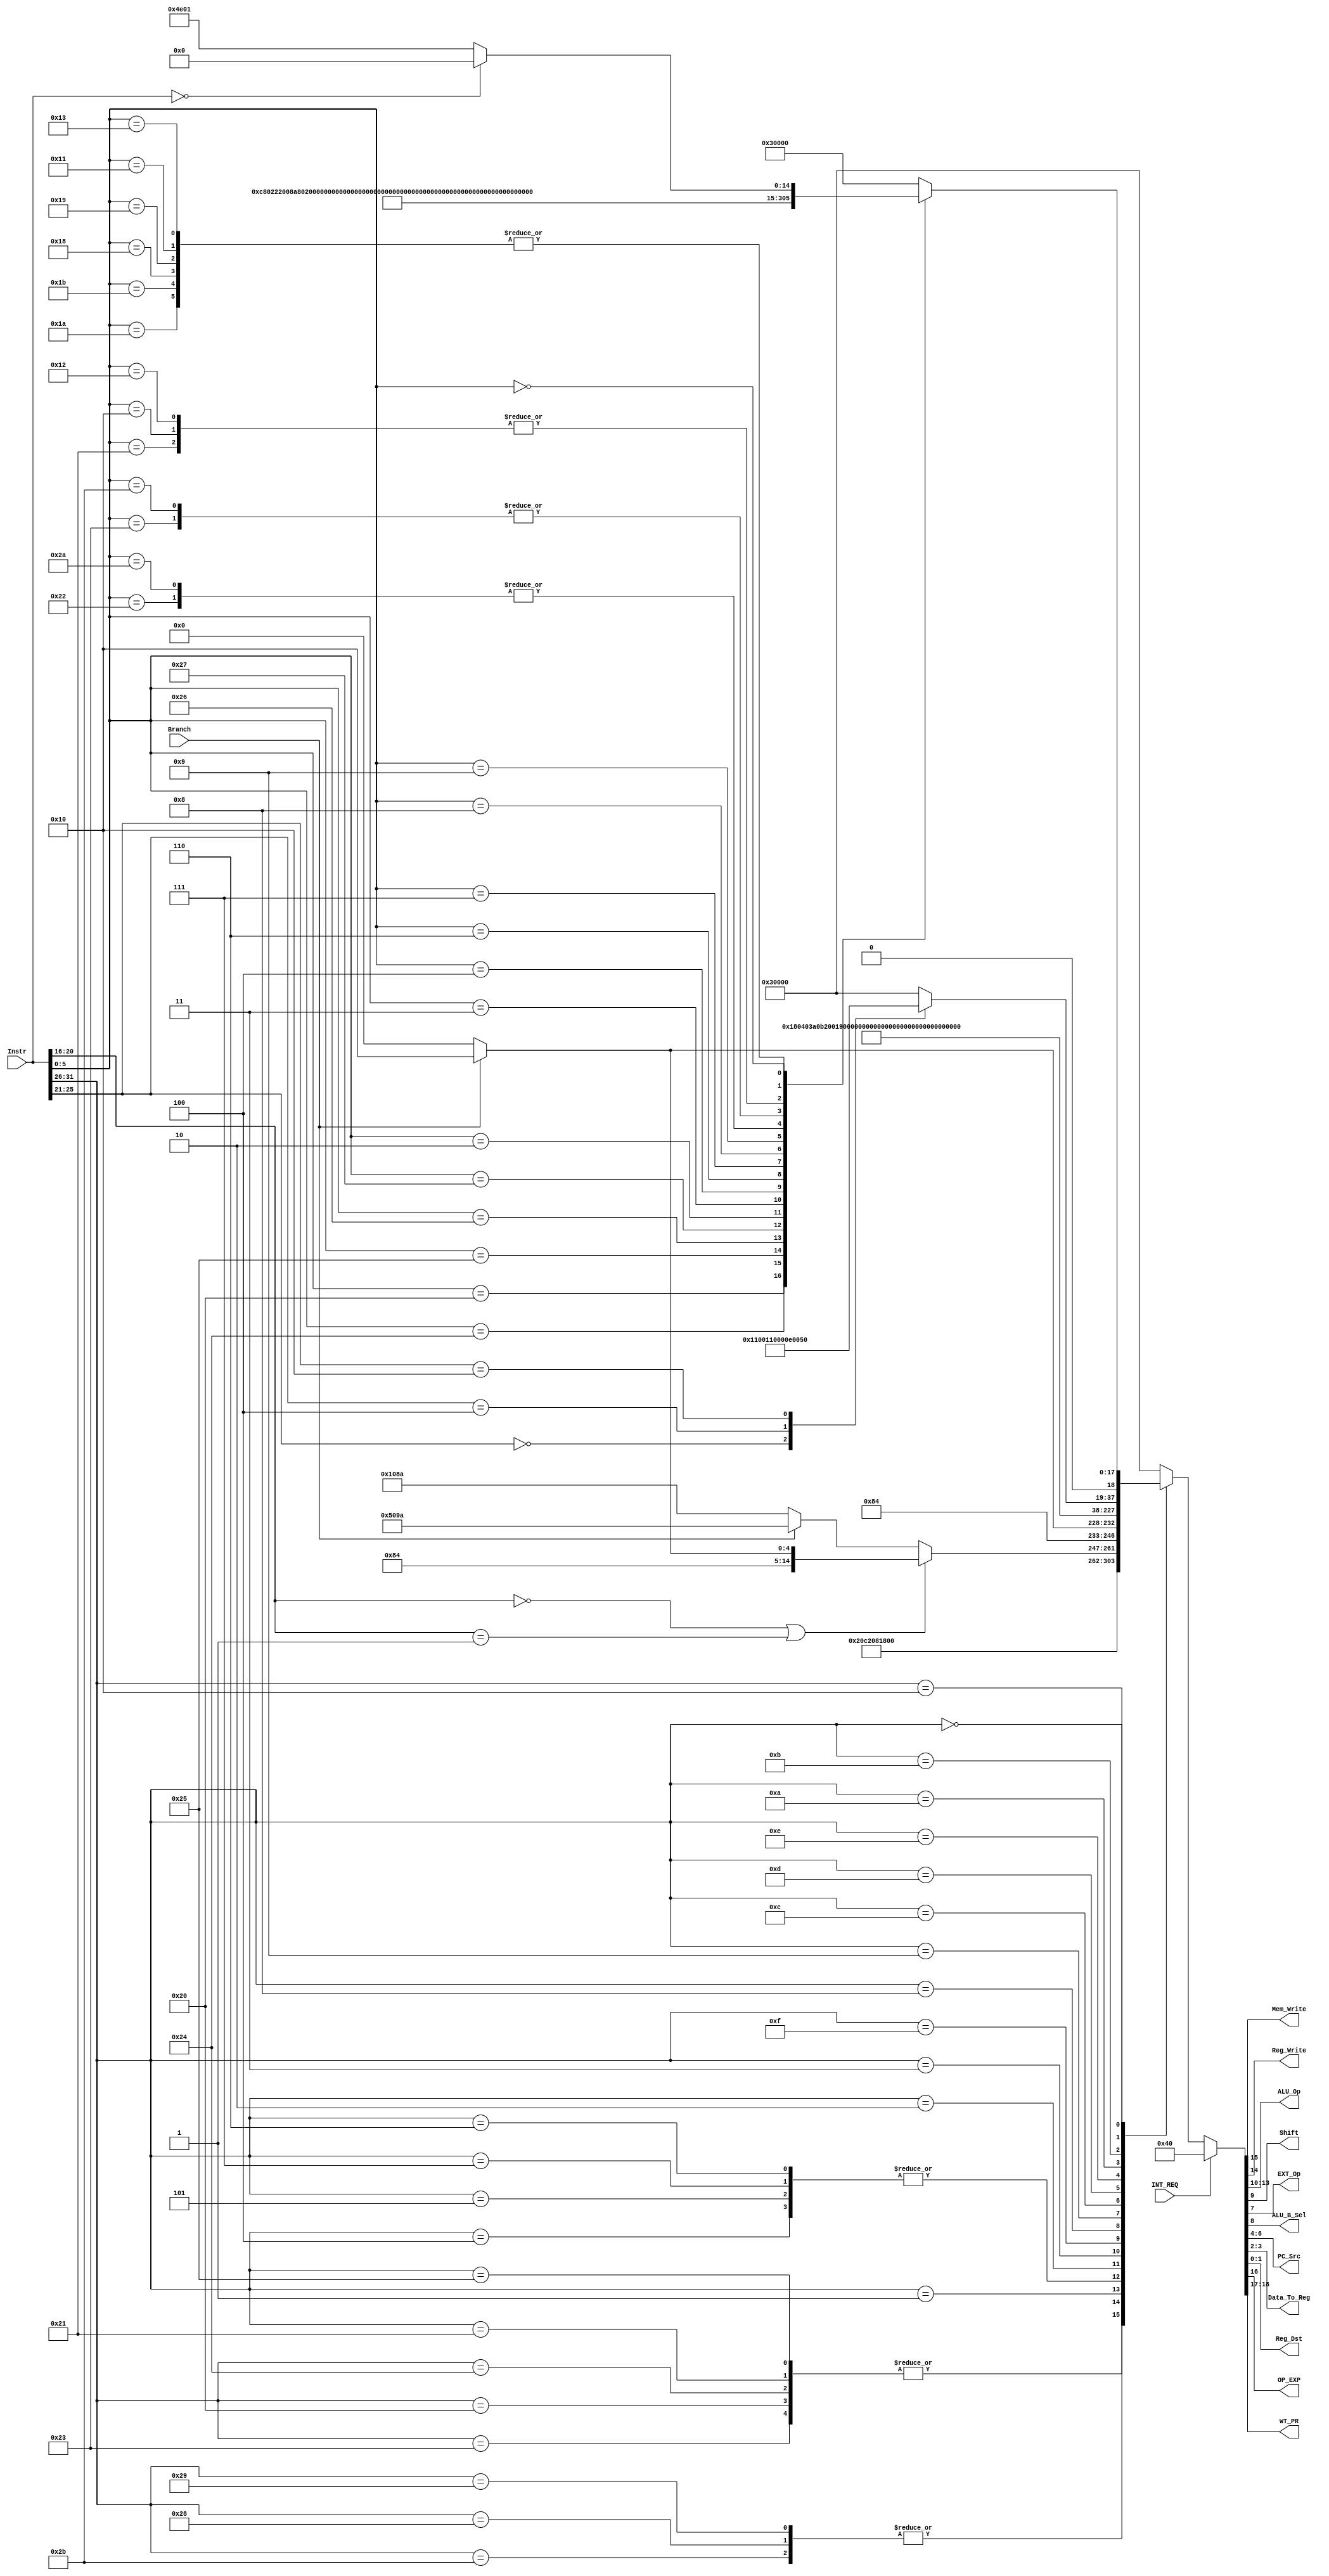
`timescale 1ns / 1ps
//////////////////////////////////////////////////////////////////////////////////
// Company: 
// Engineer: 
// 
// Design Name: 
// Module Name:    ctrl 
// Project Name: 
// Target Devices: 
// Tool versions: 
// Description: 
//
// Dependencies: 
//
// Revision: 
// Revision 0.01 - File Created
// Additional Comments: 
//
//////////////////////////////////////////////////////////////////////////////////
module ctrl(
    input  [31:0] Instr,
    input  Branch,
	 input  INT_REQ,
    output Mem_Write,
    output Reg_Write,
    output [3:0] ALU_Op,
    output Shift,
	 output EXT_Op,
    output ALU_B_Sel,
    output [2:0] PC_Src,
    output [1:0] Data_To_Reg,
    output [1:0] Reg_Dst,
	 output OP_EXP,
	 output [1:0] WT_PR
    );
	 wire [5:0] Op		= Instr[31:26];
	 wire [5:0] Func	= Instr[5:0];
	 wire [4:0] Id		= Instr[20:16];
	 wire [4:0] Wt		= Instr[25:21];
	 reg [18:0] control;
	 
	 assign {WT_PR,OP_EXP,Mem_Write,Reg_Write,ALU_Op,Shift,ALU_B_Sel, EXT_Op, PC_Src, Data_To_Reg, Reg_Dst} = control;
	 always @(*) begin
		case(Op)
			6'b100011 : control <= 19'b00_0_0_1_0000_0_1_1_000_01_00;//lw
			6'b100000 : control <= 19'b00_0_0_1_0000_0_1_1_000_01_00;//lb
			6'b100100 : control <= 19'b00_0_0_1_0000_0_1_1_000_01_00;//lbu
			6'b100001 : control <= 19'b00_0_0_1_0000_0_1_1_000_01_00;//lh
			6'b100101 : control <= 19'b00_0_0_1_0000_0_1_1_000_01_00;//lhu
			6'b101011 : control <= 19'b00_0_1_0_0000_0_1_1_000_00_00;//sw
			6'b101000 : control <= 19'b00_0_1_0_0000_0_1_1_000_00_00;//sb
			6'b101001 : control <= 19'b00_0_1_0_0000_0_1_1_000_00_00;//sh
			
			
			6'b000100 : begin
						  if(Branch) 
								control <= 19'b00_0_0_0_0100_0_0_1_001_00_00;
					     else   
								control <= 19'b00_0_0_0_0100_0_0_1_000_00_00; //beq
						  end
			6'b000101 :if(Branch) control <= 19'b00_0_0_0_0100_0_0_1_001_00_00; 
						  else   control <= 19'b00_0_0_0_0100_0_0_1_000_00_00; //bne
			6'b000111 :if(Branch) control <= 19'b00_0_0_0_0100_0_0_1_001_00_00; 
						  else   control <= 19'b00_0_0_0_0100_0_0_1_000_00_00; //bgtz 
			6'b000001 : begin
				if(Id == 5'b00000 || Id == 5'b00001) begin
							if(Branch) 
								control <= 19'b00_0_0_0_0100_0_0_1_001_00_00; 
					      else   
								control <= 19'b00_0_0_0_0100_0_0_1_000_00_00; //bgez & bltz
				end
				else
							if(Branch) 
								control <= 19'b00_0_0_1_0100_0_0_1_001_10_10; 
					      else   
								control <= 19'b00_0_0_0_0100_0_0_1_000_10_10; //bgezal & bltzal
				end
			6'b000110 :if(Branch) control <= 19'b00_0_0_0_0100_0_0_1_001_00_00; 
					     else   control <= 19'b00_0_0_0_0100_0_0_1_000_00_00; //blez
	
					
			//WT_PR,EXP_OP,Mem_Write,Reg_Write,ALU_Op,Shift,ALU_B_Sel, EXT_Op, PC_Src, Data_To_Reg, Reg_Dst 
			6'b000010 : control <= 19'b00_0_0_0_0000_0_0_0_011_00_00;//j
			6'b000011 : control <= 19'b00_0_0_1_0000_0_0_0_011_10_10;//jal
			
			//6'b011100 : begin 
			//					if(Func==6'b000000) 
			//						control <= 19'b00_0_0_0_0000_0_0_0_000_00_00;//madd
			//				end
			
			
			6'b001111 : control <= 19'b00_0_0_1_0110_0_1_0_000_00_00;//lui
			6'b001000 : control <= 19'b00_0_0_1_1001_0_1_1_000_00_00;//addi
			6'b001001 : control <= 19'b00_0_0_1_0000_0_1_1_000_00_00;//addiu
			6'b001100 : control <= 19'b00_0_0_1_0001_0_1_0_000_00_00;//andi
			6'b001101 : control <= 19'b00_0_0_1_0101_0_1_0_000_00_00;//ori
			6'b001110 : control <= 19'b00_0_0_1_0010_0_1_0_000_00_00;//xori
			
			6'b001010 : control <= 19'b00_0_0_1_0100_0_1_1_000_00_00;//slti
		   6'b001011 : control <= 19'b00_0_0_1_1000_0_1_1_000_00_00;//sltiu
			
			6'b010000 : //COP0
			    begin
					case(Wt)
						5'b00000	: control <= 19'b10_0_0_1_0000_0_0_0_000_01_00;//mfc0
						5'b00100	: control <= 19'b01_0_0_0_0000_0_0_0_000_00_01;//mtc0
						5'b10000	: control <= 19'b11_0_0_0_0000_0_0_0_101_00_00;//eret
						default  : control <= 19'b01_1_0_0_0000_0_0_0_000_00_00;
					endcase
				 end
				 
			
			6'b000000 : //R
			    begin
					case(Func)
					   //WT_PR,EXP_OP,Mem_Write,Reg_Write,ALU_Op,Shift,ALU_B_Sel, EXT_Op, PC_Src, Data_To_Reg, Reg_Dst 
					   
						6'b100000 : control <= 19'b00_0_0_1_1001_0_0_0_000_00_01;//add
						6'b100001 : control <= 19'b00_0_0_1_0000_0_0_0_000_00_01;//addu
						6'b100010 : control <= 19'b00_0_0_1_0100_0_0_0_000_00_01;//sub
						6'b100011 : control <= 19'b00_0_0_1_1000_0_0_0_000_00_01;//subu
						6'b100100 : control <= 19'b00_0_0_1_0001_0_0_0_000_00_01;//and
						6'b100101 : control <= 19'b00_0_0_1_0101_0_0_0_000_00_01;//or
						6'b100110 : control <= 19'b00_0_0_1_0010_0_0_0_000_00_01;//xor						
						6'b100111 : control <= 19'b00_0_0_1_1110_0_0_0_000_00_01;//nor
						
						
						6'b000010 : control <= 19'b00_0_0_1_0111_1_0_0_000_00_01;//srl
						6'b000011 : control <= 19'b00_0_0_1_1111_1_0_0_000_00_01;//sra
						6'b000100 : control <= 19'b00_0_0_1_0011_0_0_0_000_00_01;//sllv
						6'b000110 : control <= 19'b00_0_0_1_0111_0_0_0_000_00_01;//srlv
						6'b000111 : control <= 19'b00_0_0_1_1111_0_0_0_000_00_01;//srav
						
						//WT_PR,EXP_OP,Mem_Write,Reg_Write,ALU_Op,Shift,ALU_B_Sel, EXT_Op, PC_Src, Data_To_Reg, Reg_Dst 
						
						6'b001000 : control <= 19'b00_0_0_0_0000_0_0_0_010_00_00;//jr
						6'b001001 : control <= 19'b00_0_0_1_0000_0_0_0_010_10_01;//jalr
						
						
						6'b101010 : control <= 19'b00_0_0_1_0100_0_0_0_000_00_01;//slt
						6'b101011 : control <= 19'b00_0_0_1_1000_0_0_0_000_00_01;//sltu
						
						
						6'b011010 : control <= 19'b00_0_0_0_0000_0_0_0_000_00_00;//div
						6'b011011 : control <= 19'b00_0_0_0_0000_0_0_0_000_00_00;//divu
						6'b011000 : control <= 19'b00_0_0_0_0000_0_0_0_000_00_00;//mult
						6'b011001 : control <= 19'b00_0_0_0_0000_0_0_0_000_00_00;//multu
						6'b010000 : control <= 19'b00_0_0_1_0000_0_0_0_000_00_01;//mfhi
						6'b010010 : control <= 19'b00_0_0_1_0000_0_0_0_000_00_01;//mflo
						6'b010001 : control <= 19'b00_0_0_0_0000_0_0_0_000_00_00;//mthi
						6'b010011 : control <= 19'b00_0_0_0_0000_0_0_0_000_00_00;//mtlo
						6'b000000 : begin
						if(Instr == 32'b0)
							control <= 19'b00_0_0_0_0000_0_0_0_000_00_00;//nop
						else
							control <= 19'b00_0_0_1_0011_1_0_0_000_00_01;//sll
						end
						default : control <= 19'b01_1_0_0_0000_0_0_0_000_00_00;
						
				endcase
			end
		default : control <= 19'b01_1_0_0_0000_0_0_0_000_00_00;
		endcase
		if(INT_REQ)
			control <= 19'b00_0_0_0_0000_0_0_0_100_00_00;//Interrupt
	end
endmodule